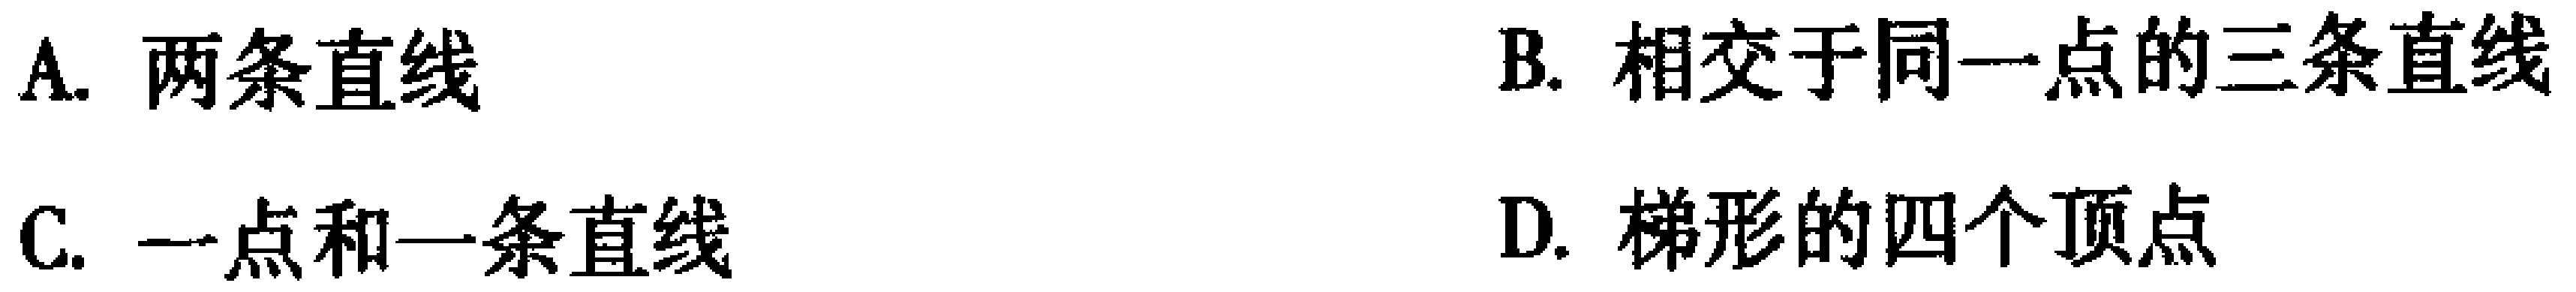
A. 两条直线
B. 相交于同一点的三条直线
C. 一点和一条直线
D. 梯形的四个顶点